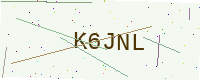
Text: K6JNL